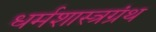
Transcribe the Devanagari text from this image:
धर्मशास्त्रग्रंथ